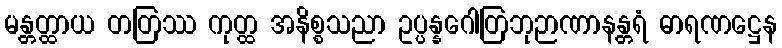
မန္တတ္ထာယ တတြဿ ကုတ္ထ အနိစ္စသညာ ဥပ္ပန္နဂေါတြဘုဉာဏာနန္တရံ ဓာရဏဋ္ဌေန